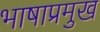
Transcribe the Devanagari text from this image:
भाषाप्रमुख